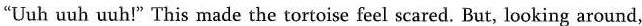
"Uuh uuh uuh!" This made the tortoise feel scared. But, looking around,